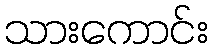
သားကောင်း